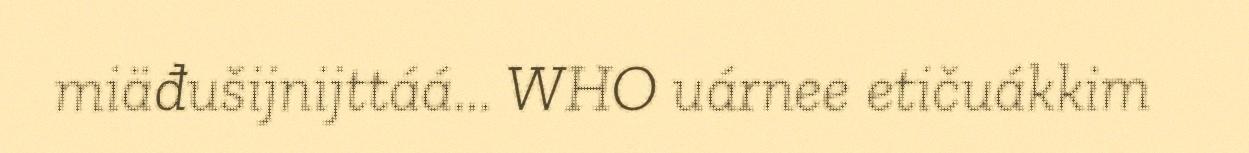
miäđušijnijttáá... WHO uárnee etičuákkim